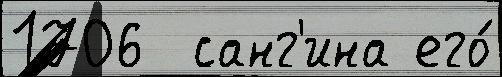
1706  санг'ина его́